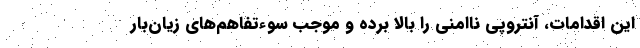
این‌ اقدامات، آنتروپی ناامنی را بالا برده و موجب سوءتفاهم‌های زیان‌بار